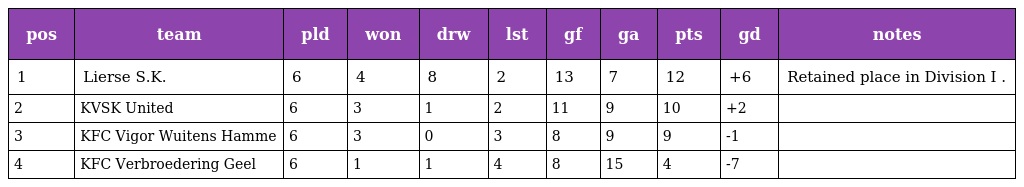
| pos | team | pld | won | drw | lst | gf | ga | pts | gd | notes |
 | --- | --- | --- | --- | --- | --- | --- | --- | --- | --- | --- |
 | 1 | Lierse S.K. | 6 | 4 | 8 | 2 | 13 | 7 | 12 | +6 | Retained place in Division I . |
 | 2 | KVSK United | 6 | 3 | 1 | 2 | 11 | 9 | 10 | +2 |  |
 | 3 | KFC Vigor Wuitens Hamme | 6 | 3 | 0 | 3 | 8 | 9 | 9 | -1 |  |
 | 4 | KFC Verbroedering Geel | 6 | 1 | 1 | 4 | 8 | 15 | 4 | -7 |  |